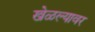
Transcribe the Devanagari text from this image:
खेळल्यावर